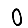
Digit: 0